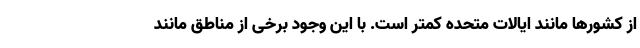
از کشورها مانند ایالات متحده کمتر است. با این وجود برخی از مناطق مانند